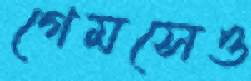
গেমসেও